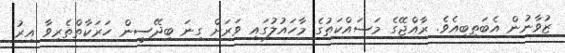
ޒުވާނުން އެބަތިބިއެވެ. ރާއްޖޭގެ މަސައްކަތުގެ މާހައުލުގައި ވަރަށް ގިނަ ބިދޭސީން ހަރަކާތްތެރިވާ އިރު